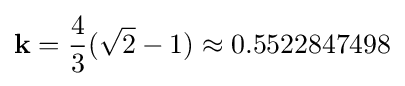
\mathbf {k} ={\frac {4}{3}}({\sqrt {2}}-1)\approx 0.5522847498